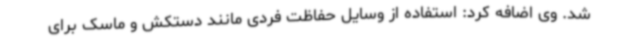
شد. وی اضافه کرد: استفاده از وسایل حفاظت فردی مانند دستکش و ماسک برای